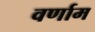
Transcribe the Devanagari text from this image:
वर्णाम